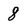
Character: 8